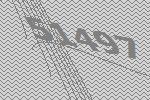
51497